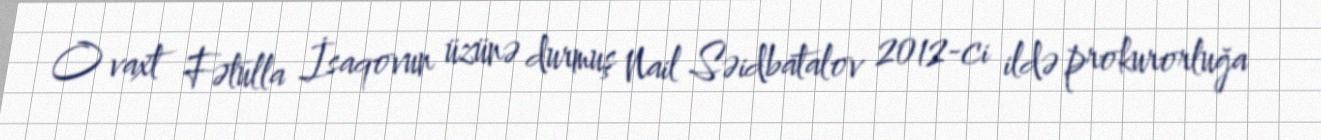
O vaxt Fətulla İsaqovun üzünə durmuş Nail Səidbatalov 2012-ci ildə prokurorluğa